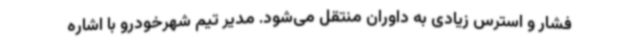
فشار و استرس زیادی به داوران منتقل می‌شود. مدیر تیم شهرخودرو با اشاره